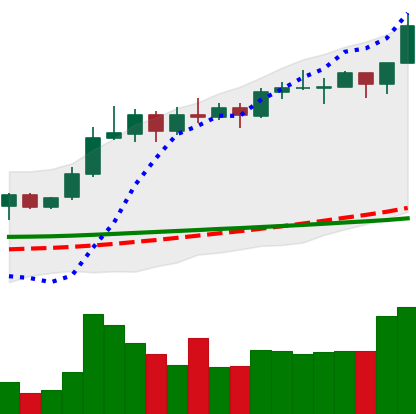
Ticker: ADA-USD
Chart end date: 2020-02-12
Forward return: -12.185%
Label: down_7plus